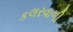
કલરવાળી